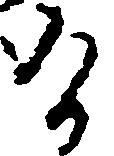
け